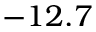
- 1 2 . 7